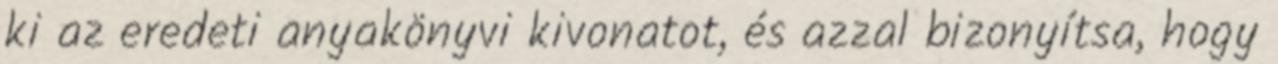
ki az eredeti anyakönyvi kivonatot, és azzal bizonyítsa, hogy